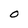
Character: O